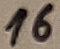
Text: 16